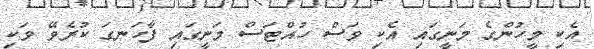
އެކި މީހުންގެ މަނީގައި އެކި ވަސް ހުއްޓަސް މަނީގައި ފާހަނގަ ކުރެވޭ ވަކި